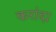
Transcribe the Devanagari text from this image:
करांदा